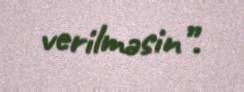
verilməsin”.